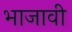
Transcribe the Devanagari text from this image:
भाजावी